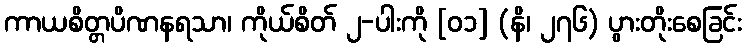
ကာယစိတ္တပိဏနရသာ၊ ကိုယ်စိတ် ၂-ပါးကို [၀၁] (နိ၊ ၂၇၆) ပွားတိုးစေခြင်း